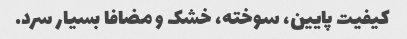
کیفیت پایین، سوخته، خشک و مضافا بسیار سرد.